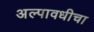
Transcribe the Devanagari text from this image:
अल्पावधीचा